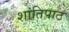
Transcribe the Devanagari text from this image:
शांतिपाठ